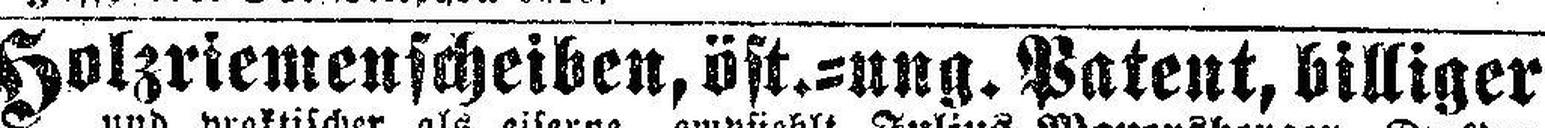
Holzriemenscheiben, öst.=ung. Patent, billiger